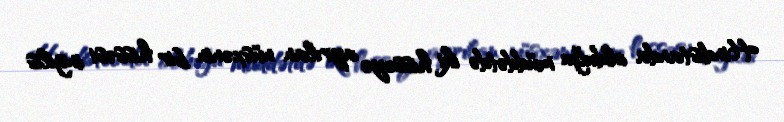
Hindistanda olduğu müddətdə iki hissəyə ayrılan nüsxənin bir hissəsi ingilis